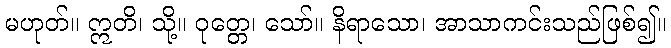
မဟုတ်။ ဣတိ၊ သို့။ ဝုတ္တေ၊ သော်။ နိရာသော၊ အာသာကင်းသည်ဖြစ်၍။